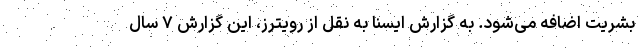
بشریت اضافه می‌شود. به گزارش ایسنا به نقل از رویترز، این گزارش ۷ سال